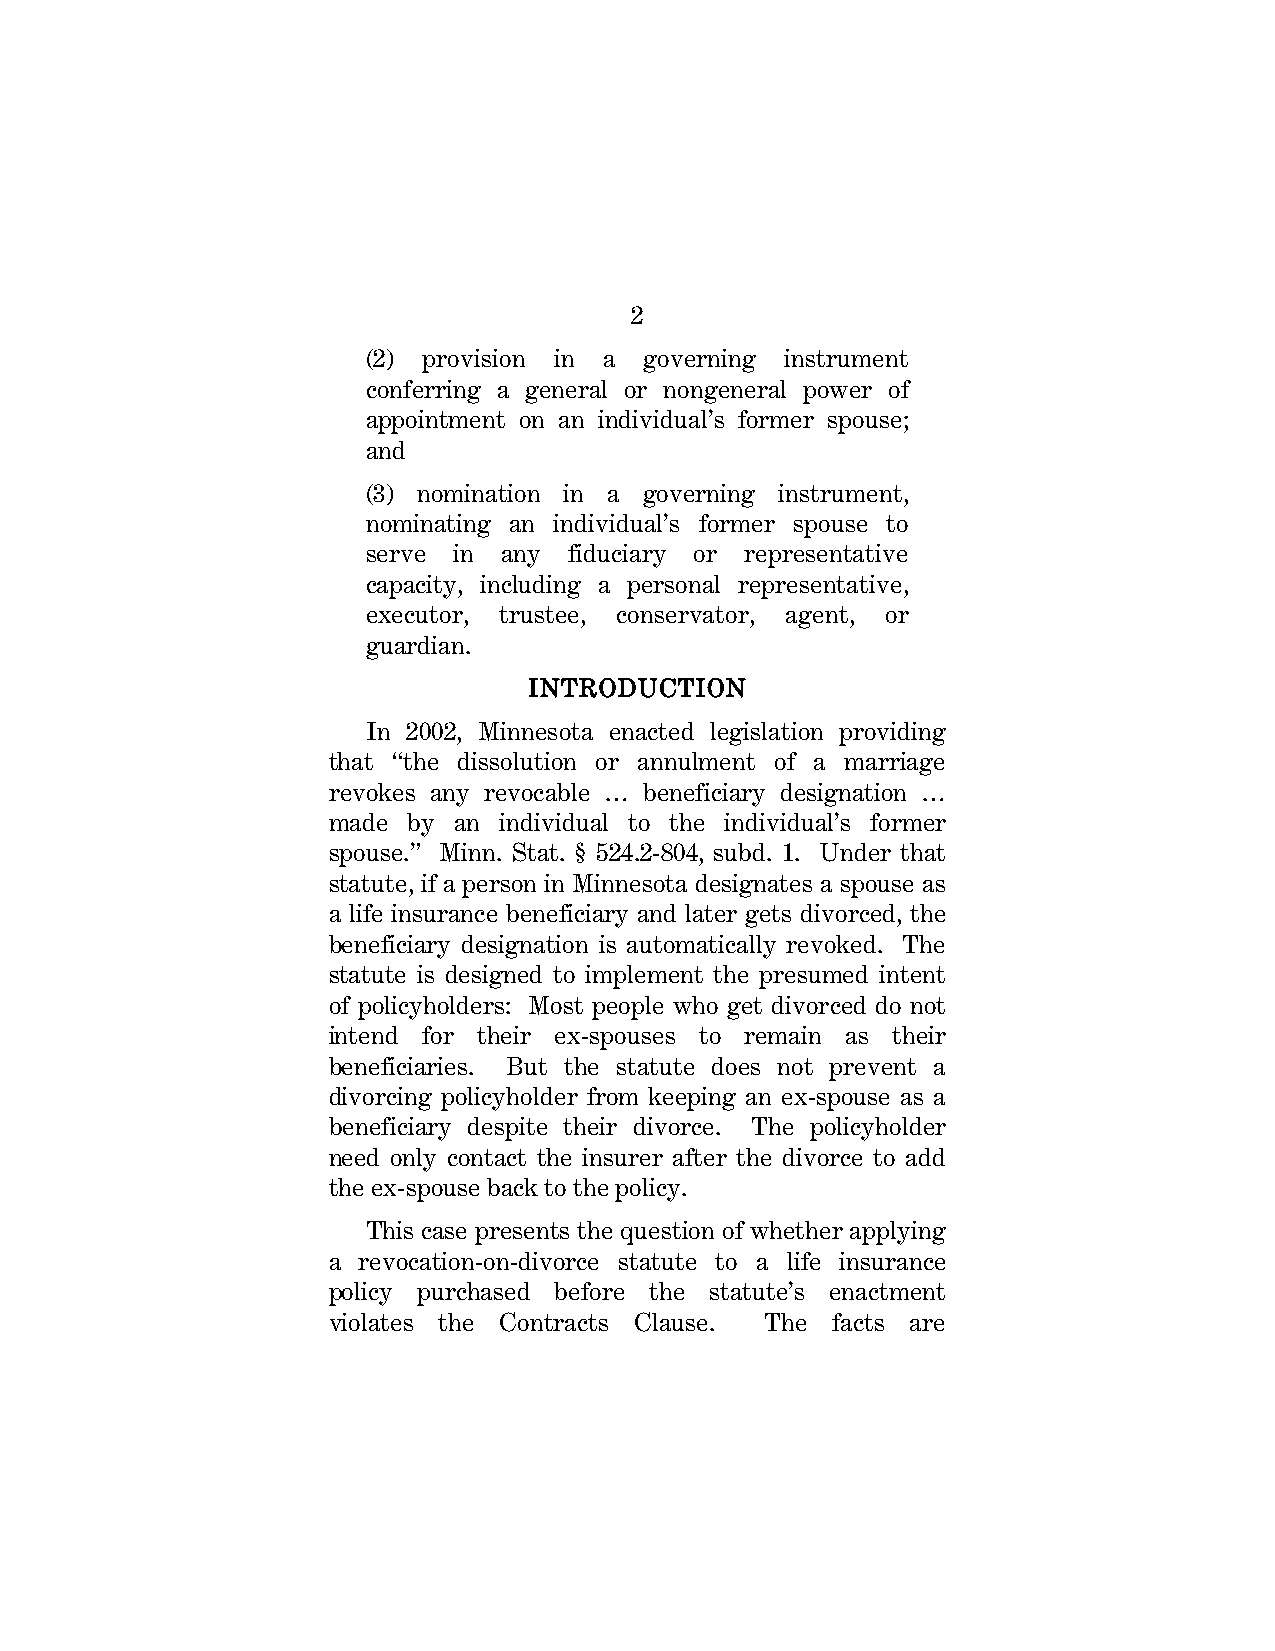
2
 (2) provision in a governing instrument
 conferring a general or nongeneral power of
 appointment on an individual’s former spouse;
 and
 (3) nomination in a governing instrument,
 nominating an individual’s former spouse to
 serve in any  fiduciary or representative
 capacity, including a personal representative,
 executor, trustee, conservator, agent, or
 guardian.
 INTRODUCTION
 In 2002, Minnesota enacted legislation providing
 that “the dissolution or annulment of a marriage
 revokes any revocable … beneficiary designation …
 made by an individual to the individual’s former
 spouse.” Minn. Stat. § 524.2-804, subd. 1. Under that
 statute, if a person in Minnesota designates a spouse as
 a life insurance beneficiary and later gets divorced, the
 beneficiary designation is automatically revoked. The
 statute is designed to implement the presumed intent
 of policyholders: Most people who get divorced do not
 intend for their ex-spouses to remain as their
 beneficiaries. But the statute does not prevent a
 divorcing policyholder from keeping an ex-spouse as a
 beneficiary despite their divorce. The policyholder
 need only contact the insurer after the divorce to add
 the ex-spouse back to the policy.
 This case presents the question of whether applying
 a revocation-on-divorce statute to a life insurance
 policy purchased before the statute’s enactment
 violates the Contracts Clause. The facts are